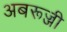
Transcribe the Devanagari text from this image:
अबरूज्जी